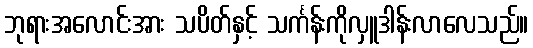
ဘုရားအလောင်းအား သပိတ်နှင့် သင်္ကန်းကိုလှူဒါန်းလာလေသည်။